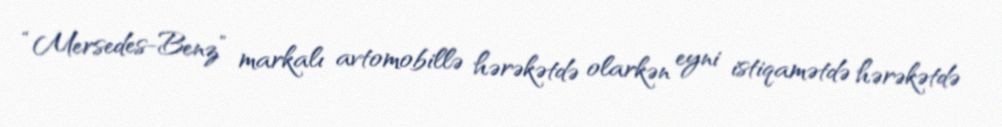
“Mersedes-Benz” markalı avtomobillə hərəkətdə olarkən eyni istiqamətdə hərəkətdə